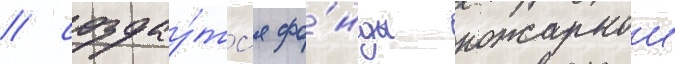
/ создау́тс'я фо́нды пожарнои